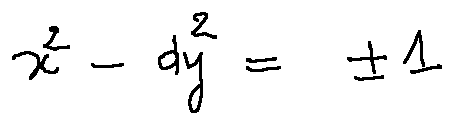
x ^ { 2 } - d y ^ { 2 } = \pm 1